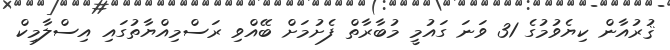
ޤުރުއާން ކިޔެވުމުގެ 31 ވަނަ ގައުމީ މުބާރާތް ފެށުމަށް ބޭއްވި ރަސްމިއްޔާތުގައި އިސްލާމިކް